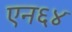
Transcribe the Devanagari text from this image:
एन६४